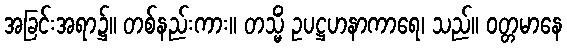
အခြင်းအရာ၌။ တစ်နည်းကား။ တသ္မိံ ဥပဋ္ဌဟနာကာရေ၊ သည်။ ဝတ္တမာနေ